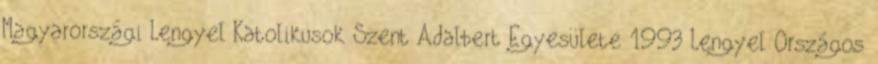
Magyarországi Lengyel Katolikusok Szent Adalbert Egyesülete 1993 Lengyel Országos